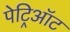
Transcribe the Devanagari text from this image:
पेट्रिऑट